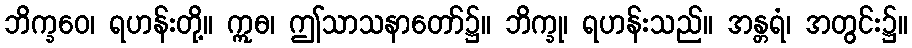
ဘိက္ခဝေ၊ ရဟန်းတို့။ ဣဓ၊ ဤသာသနာတော်၌။ ဘိက္ခု၊ ရဟန်းသည်။ အန္တရံ၊ အတွင်း၌။